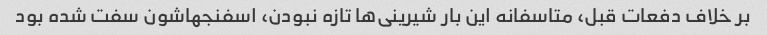
بر خلاف دفعات قبل، متاسفانه این بار شیرینی‌ها تازه نبودن، اسفنجهاشون سفت شده بود